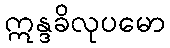
ဣန္ဒခိလုပမော